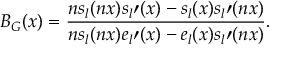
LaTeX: B _ { G } ( x ) = \frac { n s _ { l } ( n x ) s _ { l } \prime ( x ) - s _ { l } ( x ) s _ { l } \prime ( n x ) } { n s _ { l } ( n x ) e _ { l } \prime ( x ) - e _ { l } ( x ) s _ { l } \prime ( n x ) } .